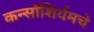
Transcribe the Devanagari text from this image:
कन्सॉशिर्यमचे